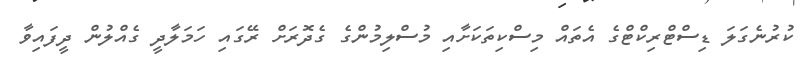
ކުރުނެގަލަ ޑިސްޓްރިކްޓްގެ އެތައް މިސްކިތަކަށާއި މުސްލިމުންގެ ގެދޮރަށް ރޭގައި ހަމަލާދީ ގެއްލުން ދީފައިވާ